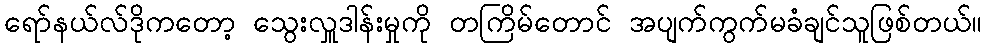
ရော်နယ်လ်ဒိုကတော့ သွေးလှူဒါန်းမှုကို တကြိမ်တောင် အပျက်ကွက်မခံချင်သူဖြစ်တယ်။